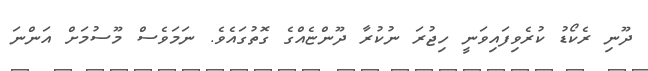
ދޫނި ރެކޯޑު ކުރެވިފައިވަނީ ހިޖުރަ ނުކުރާ ދޫންޏެއްގެ ގޮތުގައެވެ. ނަމަވެސް މޫސުމަށް އަންނަ